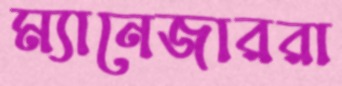
ম্যানেজাররা